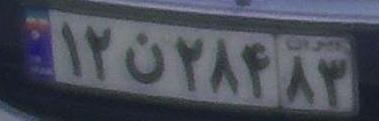
۱۲ن۲۸۴۸۳